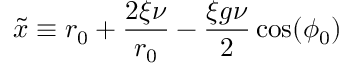
\tilde { x } \equiv r _ { 0 } + \frac { 2 \xi \nu } { r _ { 0 } } - \frac { \xi g \nu } { 2 } \cos ( \phi _ { 0 } )